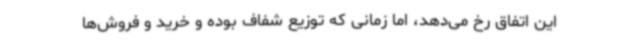
این اتفاق رخ می‌دهد، اما زمانی که توزیع شفاف بوده و خرید و فروش‌ها